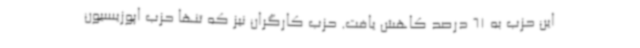
این حزب به 61 درصد کاهش یافت. حزب کارگران نیز که تنها حزب اپوزیسیون